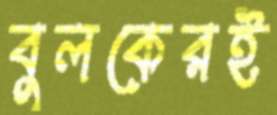
বুলকেরই